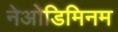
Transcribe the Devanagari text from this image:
नेओडिमिनम